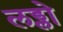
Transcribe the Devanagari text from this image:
लड्लो